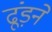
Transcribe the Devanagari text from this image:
ढूंड़ने